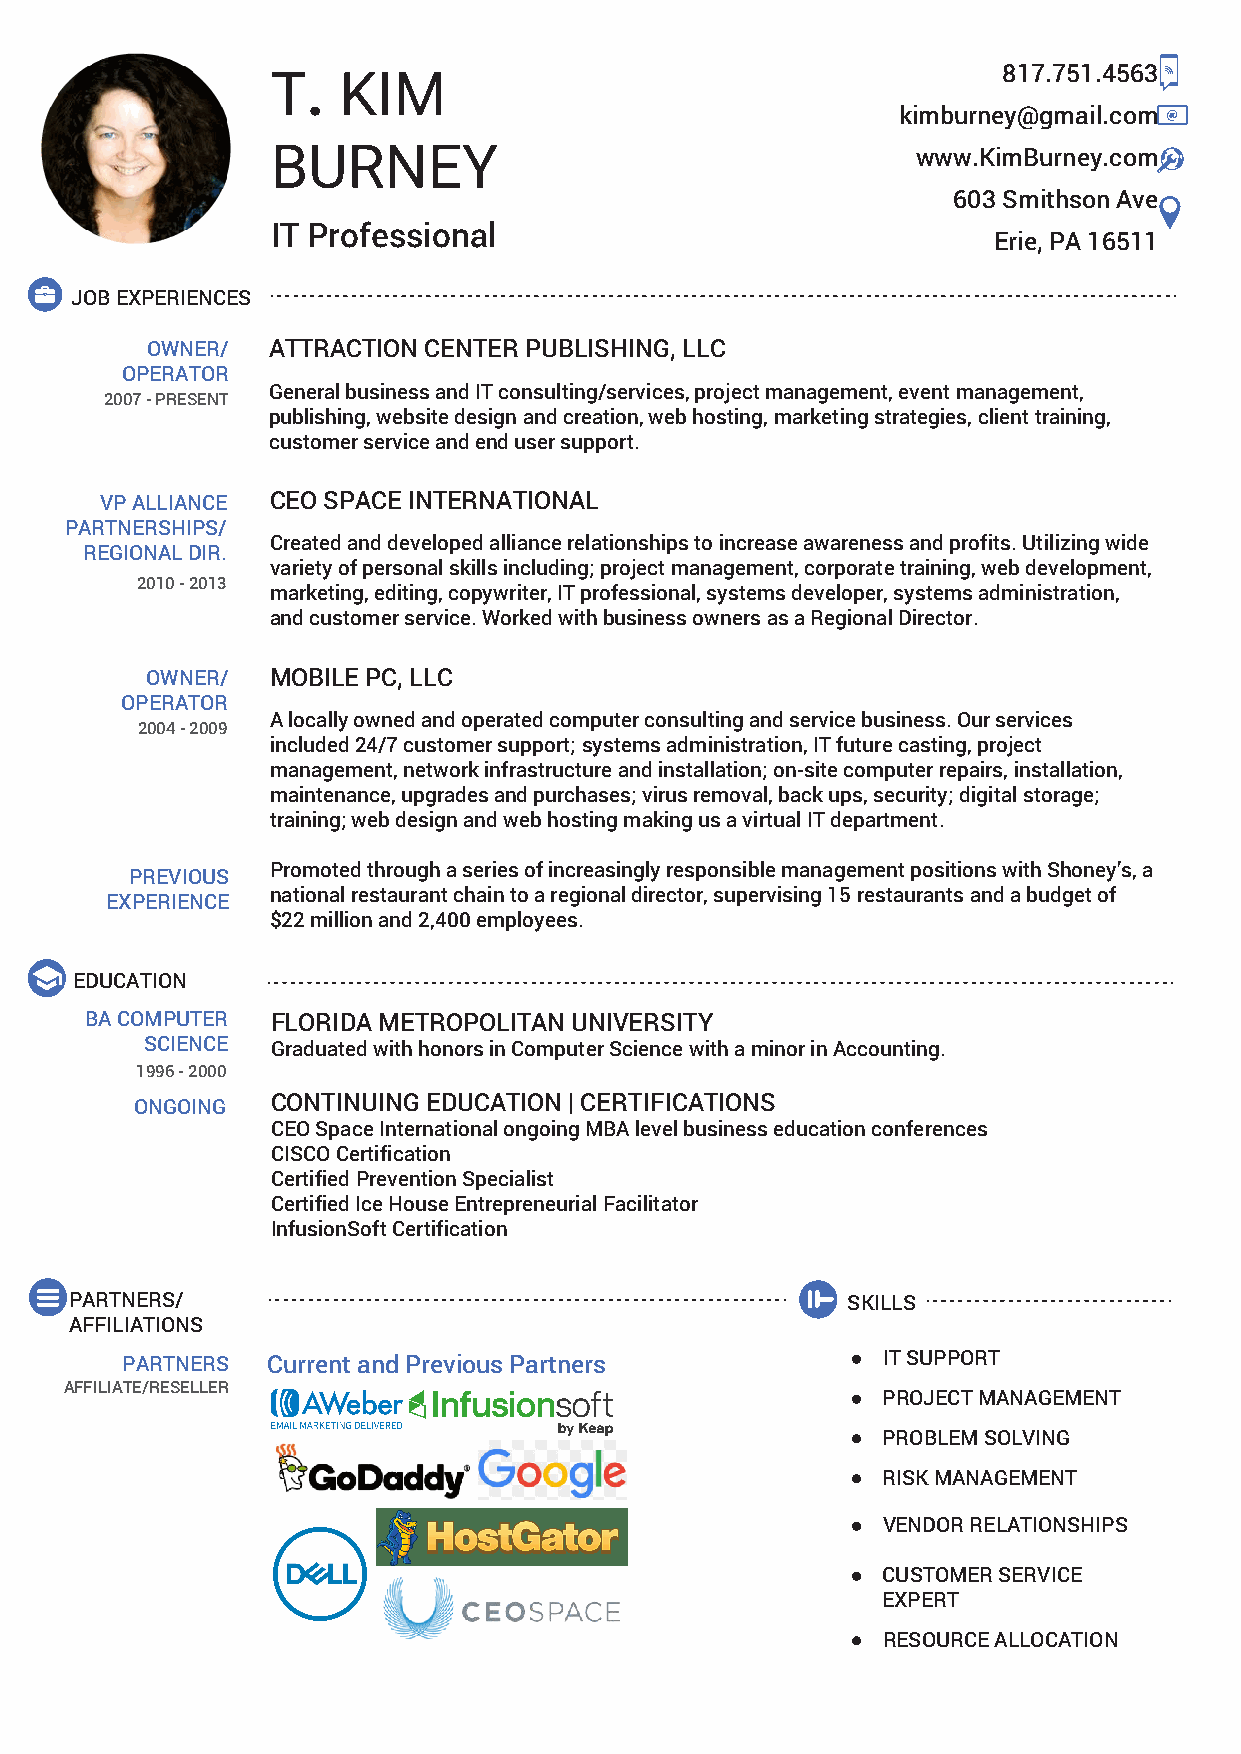
T.  KIM
 817.751.4563
 kimburney@gmail.com
 BURNEY                                     www.KimBurney.com
 603 Smithson Ave
 IT Professional
 Erie, PA 16511
 JOB EXPERIENCES
 OWNER/  ATTRACTION CENTER PUBLISHING, LLC
 OPERATOR
 General business and IT consulting/services, project management, event management,
 2007 - PRESENT
 publishing, website design and creation, web hosting, marketing strategies, client training,
 customer service and end user support.
 VP ALLIANCE CEO SPACE INTERNATIONAL
 PARTNERSHIPS/
 Created and developed alliance relationships to increase awareness and profits. Utilizing wide
 REGIONAL DIR.
 variety of personal skills including; project management, corporate training, web development,
 2010 - 2013
 marketing, editing, copywriter, IT professional, systems developer, systems administration,
 and customer service. Worked with business owners as a Regional Director.
 OWNER/  MOBILE PC, LLC
 OPERATOR
 A locally owned and operated computer consulting and service business. Our services
 2004 - 2009
 included 24/7 customer support; systems administration, IT future casting, project
 management, network infrastructure and installation; on-site computer repairs, installation,
 maintenance, upgrades and purchases; virus removal, back ups, security; digital storage;
 training; web design and web hosting making us a virtual IT department.
 Promoted through a series of increasingly responsible management positions with Shoney’s, a
 PREVIOUS
 national restaurant chain to a regional director, supervising 15 restaurants and a budget of
 EXPERIENCE
 $22 million and 2,400 employees.
 EDUCATION
 BA COMPUTER FLORIDA METROPOLITAN UNIVERSITY
 SCIENCE Graduated with honors in Computer Science with a minor in Accounting.
 1996 - 2000
 CONTINUING EDUCATION | CERTIFICATIONS
 ONGOING
 CEO Space International ongoing MBA level business education conferences
 CISCO Certification
 Certified Prevention Specialist
 Certified Ice House Entrepreneurial Facilitator
 InfusionSoft Certification
 PARTNERS/                                          SKILLS
 AFFILIATIONS
 PARTNERS  Current and Previous Partners           IT SUPPORT
 AFFILIATE/RESELLER
 PROJECT MANAGEMENT
 PROBLEM SOLVING
 RISK MANAGEMENT
 VENDOR RELATIONSHIPS
 CUSTOMER SERVICE
 EXPERT
 RESOURCE ALLOCATION